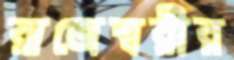
রাজেশ্বরীর